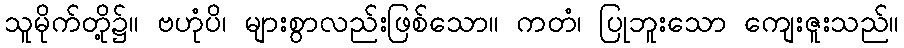
သူမိုက်တို့၌။ ဗဟုံပိ၊ များစွာလည်းဖြစ်သော။ ကတံ၊ ပြုဘူးသော ကျေးဇူးသည်။